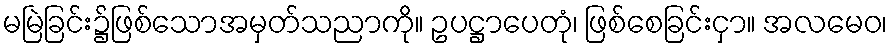
မမြဲခြင်း၌ဖြစ်သောအမှတ်သညာကို။ ဥပဋ္ဌာပေတုံ၊ ဖြစ်စေခြင်းငှာ။ အလမေဝ၊